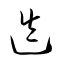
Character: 迭